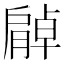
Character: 𦠰